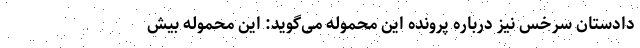
دادستان سرخس نیز درباره پرونده این محموله می‌گوید: این محموله بیش